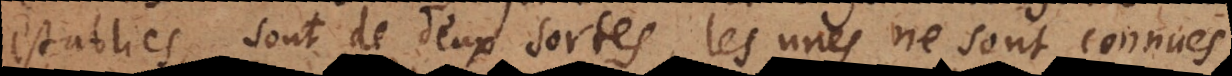
establies, sont de deux sortes, les unes ne sont connues